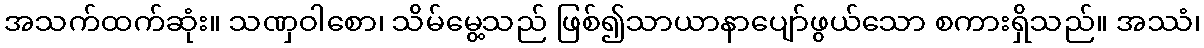
အသက်ထက်ဆုံး။ သဏှဝါစော၊ သိမ်မွေ့သည် ဖြစ်၍သာယာနာပျော်ဖွယ်သော စကားရှိသည်။ အဿံ၊